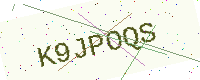
Text: K9JPOQS